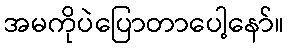
အမကိုပဲပြောတာပေါ့နော်။